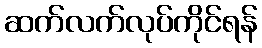
ဆက်လက်လုပ်ကိုင်ရန်